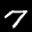
Label: 7